Source: Handwritten
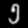
Digit: ၅ (5)